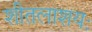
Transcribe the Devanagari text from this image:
शीतलाशयः